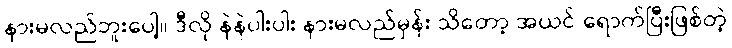
နားမလည်ဘူးပေါ့။ ဒီလို နဲနဲပါးပါး နားမလည်မှန်း သိတော့ အယင် ရောက်ပြီးဖြစ်တဲ့